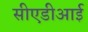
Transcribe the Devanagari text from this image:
सीएडीआई